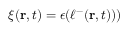
\xi ( \mathbf { r } , t ) = \epsilon ( \ell ^ { - } ( \mathbf { r } , t ) ) )